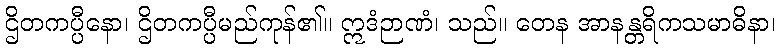
ဌိတကပ္ပီနော၊ ဌိတကပ္ပီမည်ကုန်၏။ ဣဒံဉာဏံ၊ သည်။ တေန အာနန္တရိကသမာဓိနာ၊